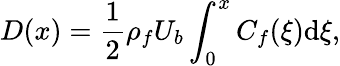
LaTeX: D(x)=\frac{1}{2}\rho_{f}U_{b}\int_{0}^{x}C_{f}(\xi)\mathrm{d}\xi,